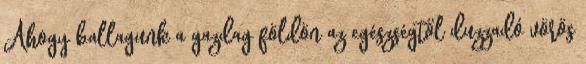
Ahogy ballagunk a gazdag földön az egészségtől duzzadó vörös